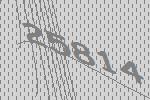
25814